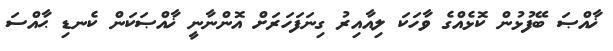
ޚާއްޞަ ބޭފުޅުން ކޮޅެއްގެ ވާހަކަ ލިއާއިރު ގިނަފަހަރަށް އޮންނާނީ ޚާއްޞަކަން ކެނޑި ޙާއްސަ